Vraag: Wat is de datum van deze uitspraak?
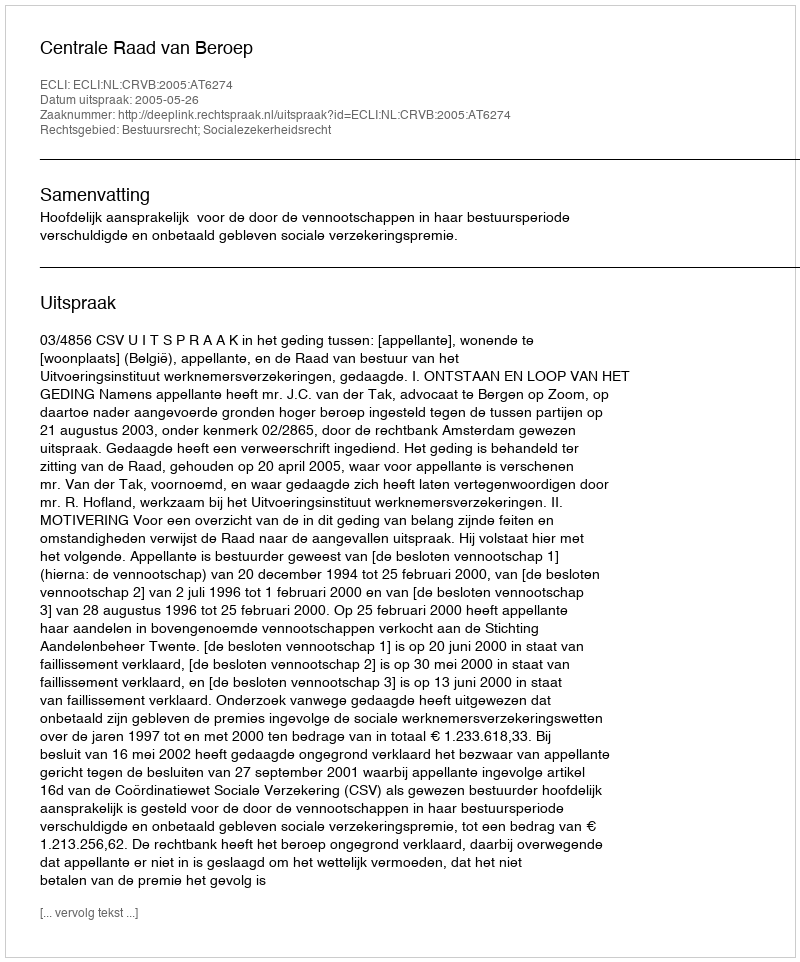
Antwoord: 2005-05-26